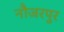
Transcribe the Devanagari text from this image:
नौजरपुर